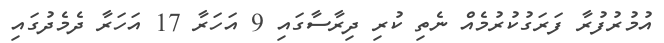
އުމުރުފުރާ ފަރަގުކުރުމެއް ނެތި ކުރި ދިރާސާގައި 9 އަހަރާ 17 އަހަރާ ދެމެދުގައި